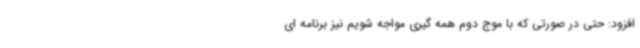
افزود: حتی در صورتی که با موج دوم همه گیری مواجه شویم نیز برنامه ای